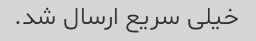
خیلی سریع ارسال شد.